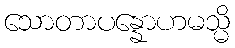
သောတာပန္နောဟမသ္မိ